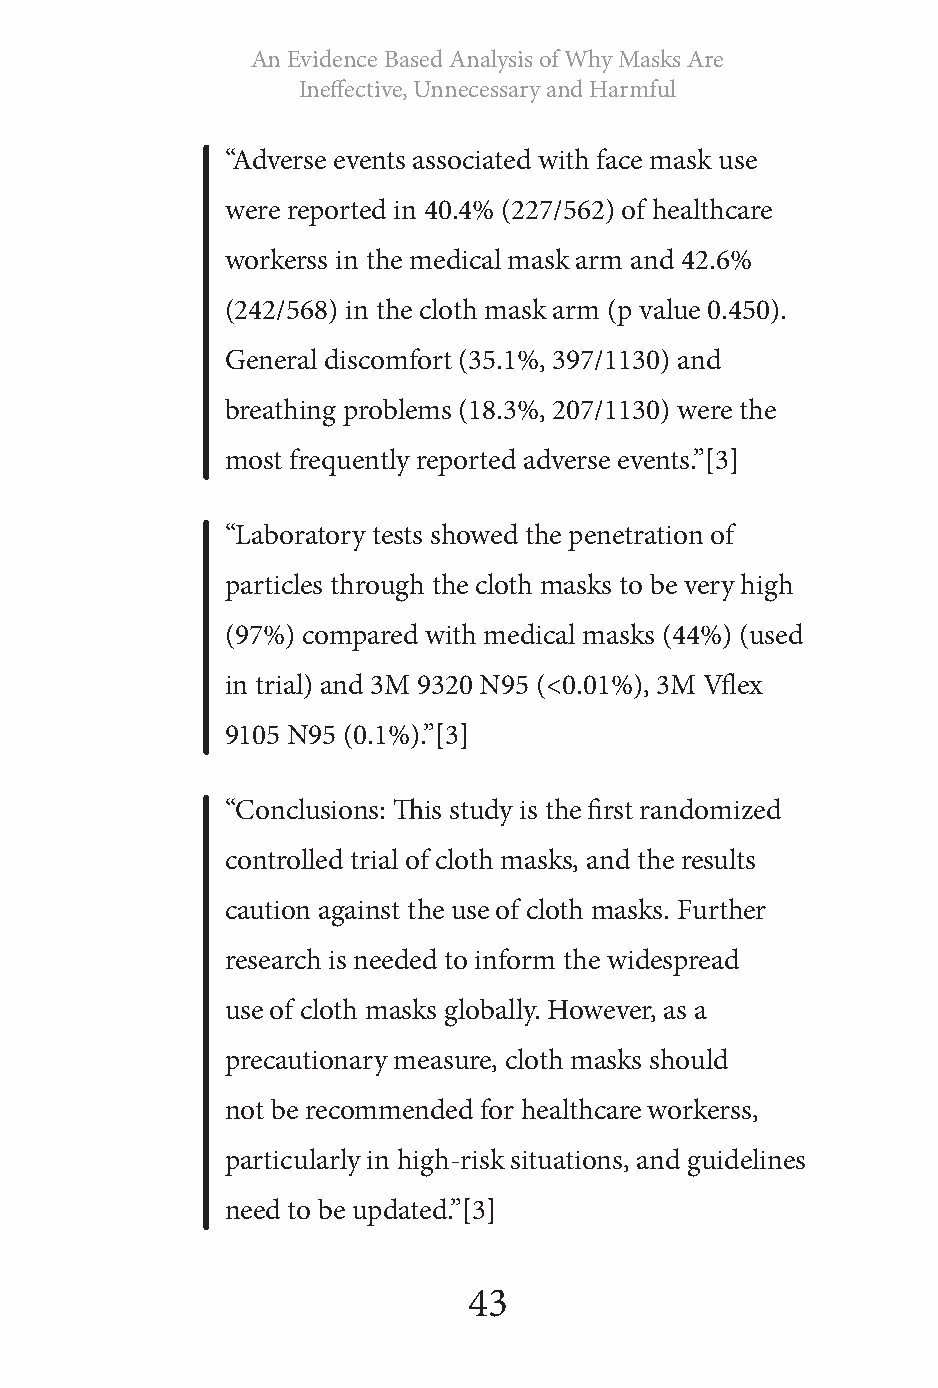
An Evidence Based Analysis of Why Masks Are
 Ineffective, Unnecessary and Harmful
 “Adverse events associated with face mask use
 were reported in 40.4% (227/562) of healthcare
 workerss in the medical mask arm and 42.6%
 (242/568) in the cloth mask arm (p value 0.450).
 General discomfort (35.1%, 397/1130) and
 breathing problems (18.3%, 207/1130) were the
 most frequently reported adverse events.”[3]
 “Laboratory tests showed the penetration of
 particles through the cloth masks to be very high
 (97%) compared with medical masks (44%) (used
 in trial) and 3M 9320 N95 (<0.01%), 3M Vflex
 9105 N95 (0.1%).”[3]
 “Conclusions: This study is the first randomized
 controlled trial of cloth masks, and the results
 caution against the use of cloth masks. Further
 research is needed to inform the widespread
 use of cloth masks globally. However, as a
 precautionary measure, cloth masks should
 not be recommended for healthcare workerss,
 particularly in high-risk situations, and guidelines
 need to be updated.”[3]
 43